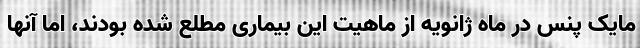
مایک پنس در ماه ژانویه از ماهیت این بیماری مطلع شده بودند، اما آنها